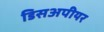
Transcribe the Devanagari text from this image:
डिसअपीयर